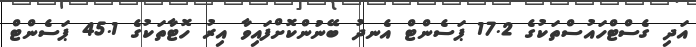
އަދި ގެސްޓްހައުސްތަކުގެ 17.2 ޕަސެންޓް އެނދު ބޭނުންކޮށްފައިވާ އިރު ހޮޓާތަކުގެ 45.1 ޕަސެންޓް